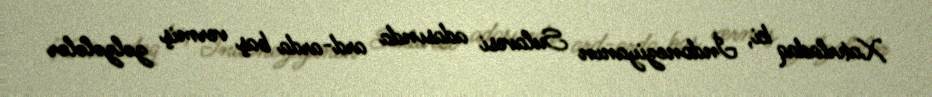
Xatırladaq ki, İndoneziyanın Sulavesi adasında ard-arda baş vermiş zəlzələlər